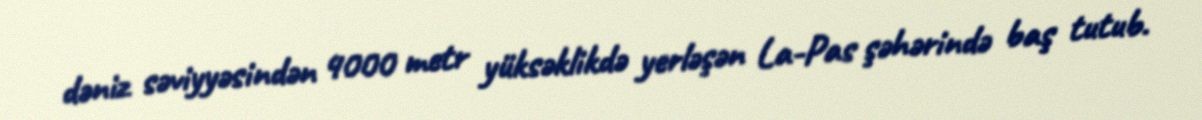
dəniz səviyyəsindən 4000 metr yüksəklikdə yerləşən La-Pas şəhərində baş tutub.